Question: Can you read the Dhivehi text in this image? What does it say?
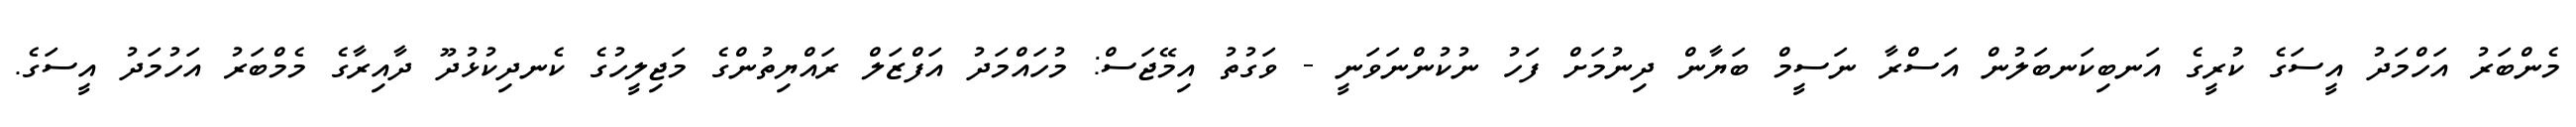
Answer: މެންބަރު އަހްމަދު އީސަގެ ކުރީގެ އަނބިކަނބަލުން އަސްރާ ނަސީމް ބަޔާން ދިނުމަށް ފަހު ނުކުންނަވަނީ - ވަގުތު އިމޭޖަސް: މުހައްމަދު އަފްޒަލް ރައްޔިތުންގެ މަޖިލީހުގެ ކެނދިކުޅުދޫ ދާއިރާގެ މެމްބަރު އަހުމަދު އީސަގެ.